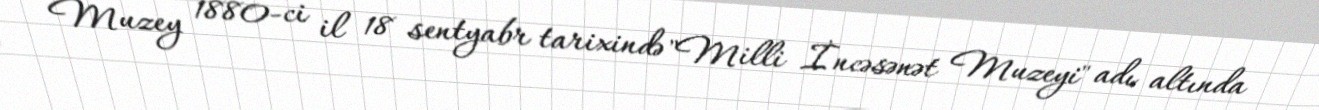
Muzey 1880-ci il 18 sentyabr tarixində "Milli İncəsənət Muzeyi" adı altında